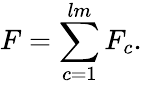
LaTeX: F=\sum_{c=1}^{lm}F_{c}.